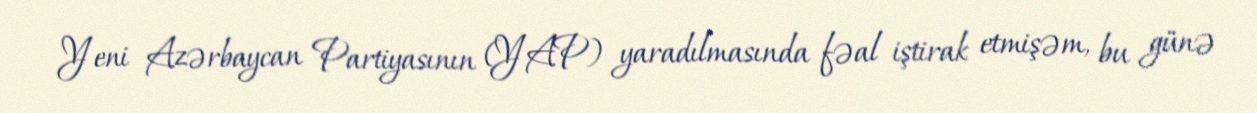
Yeni Azərbaycan Partiyasının (YAP) yaradılmasında fəal iştirak etmişəm, bu günə